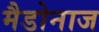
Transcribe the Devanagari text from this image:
मैडोनाज